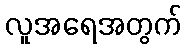
လူအရေအတွက်